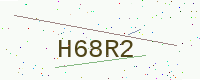
Text: H68R2